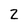
Character: Z